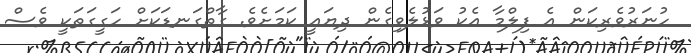
ހުނަރުވެރިކަން އެ ފިލްމާ އެކު ވަޅުލެވިގެން ދިޔައީ ކަމަށެވެ. ގާތްގަނޑަކަށް ހަގީގަތަކީ ވެސް